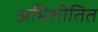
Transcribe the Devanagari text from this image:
अभिशीतित